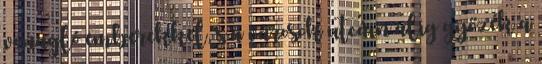
vonagló emberekkel, s a városok utcáin alig győzék a